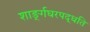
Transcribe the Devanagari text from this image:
शाङ्‌र्गघरपद्धति